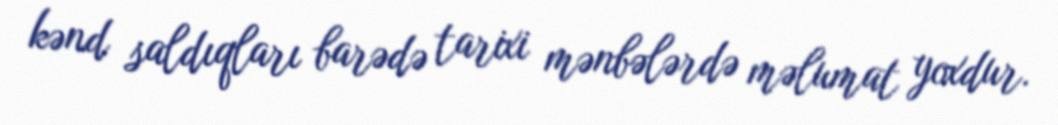
kənd saldıqları barədə tarixi mənbələrdə məlumat yoxdur.